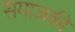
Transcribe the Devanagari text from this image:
समाजकी